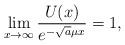
LaTeX: \begin{align*}\lim_{x\to \infty}\frac{U(x)}{e^{-\sqrt a \mu x}}=1,\end{align*}